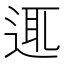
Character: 𨓊